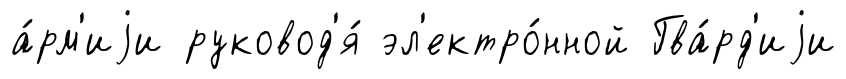
а́рм'иjи руковод'я́ эл'ектро́нной Гва́рд'иjи